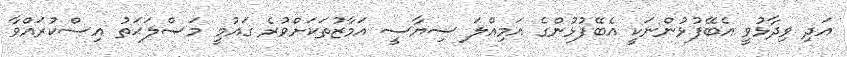
އަދި ވިދާޅުވީ އެބޭފުޅުންނަކީ އެބޭފުޅުންގެ އަމިއްލަ ސިޔާސީ އަމާޒުތަކަށްވުރެ ގައުމީ މަޞްލަޙަތު އިސްކުރައްވާ